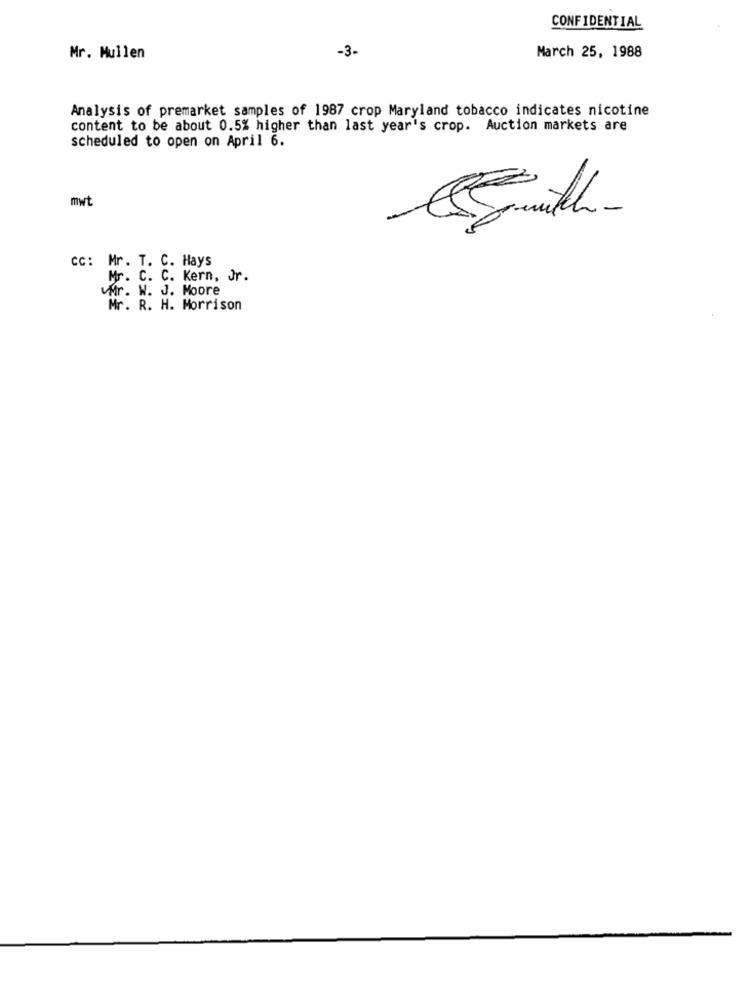
CONFIDENTIAL
-3-
Mr. Mullen
March 25, 1988
Analysis of premarket samples of 1987 crop Maryland tobacco indicates nicotine
content to be about 0.5% higher than last year's crop. Auction markets are
scheduled to open on April 6.
mwt
CC: Mr. T. C. Hays
Mr. C. C. Kern, Jr.
Mr. W. J. Moore
Mr. R. H. Morrison